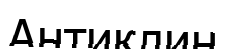
Антиклин